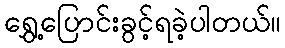
ရွှေ့ပြောင်းခွင့်ရခဲ့ပါတယ်။